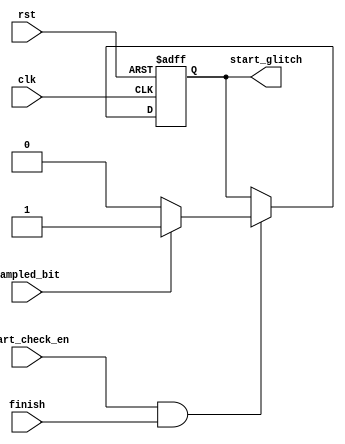
`timescale 1ns / 1ps


module start_check (
    input start_check_en,
    input sampled_bit,
    input finish,
    output reg start_glitch,
    input rst,
    input clk
    );
    
    
    always@(posedge clk or negedge rst) begin
        if (!rst) begin
            start_glitch <= 0;
        end
        else if (start_check_en && finish) begin
                start_glitch <= (sampled_bit == 0) ? 0:1;                
        end
    end 
    
    
endmodule